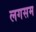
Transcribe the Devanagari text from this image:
लगसम